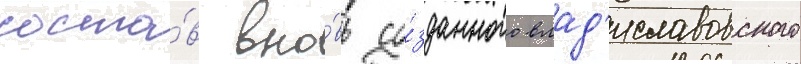
соста́в вно́вь со́зданного влад'иславовского